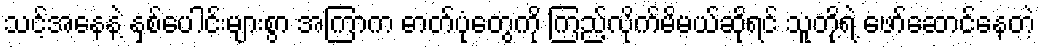
သင့်အနေနဲ့ နှစ်ပေါင်းများစွာ အကြာက ဓာတ်ပုံတွေကို ကြည့်လိုက်မိမယ်ဆိုရင် သူတို့ရဲ့ ဖော်ဆောင်နေတဲ့